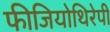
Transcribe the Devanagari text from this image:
फीजियोथिरेपी